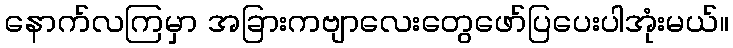
နောက်လကြမှာ အခြားကဗျာလေးတွေဖော်ပြပေးပါအုံးမယ်။